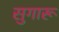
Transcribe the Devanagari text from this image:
सुगारू